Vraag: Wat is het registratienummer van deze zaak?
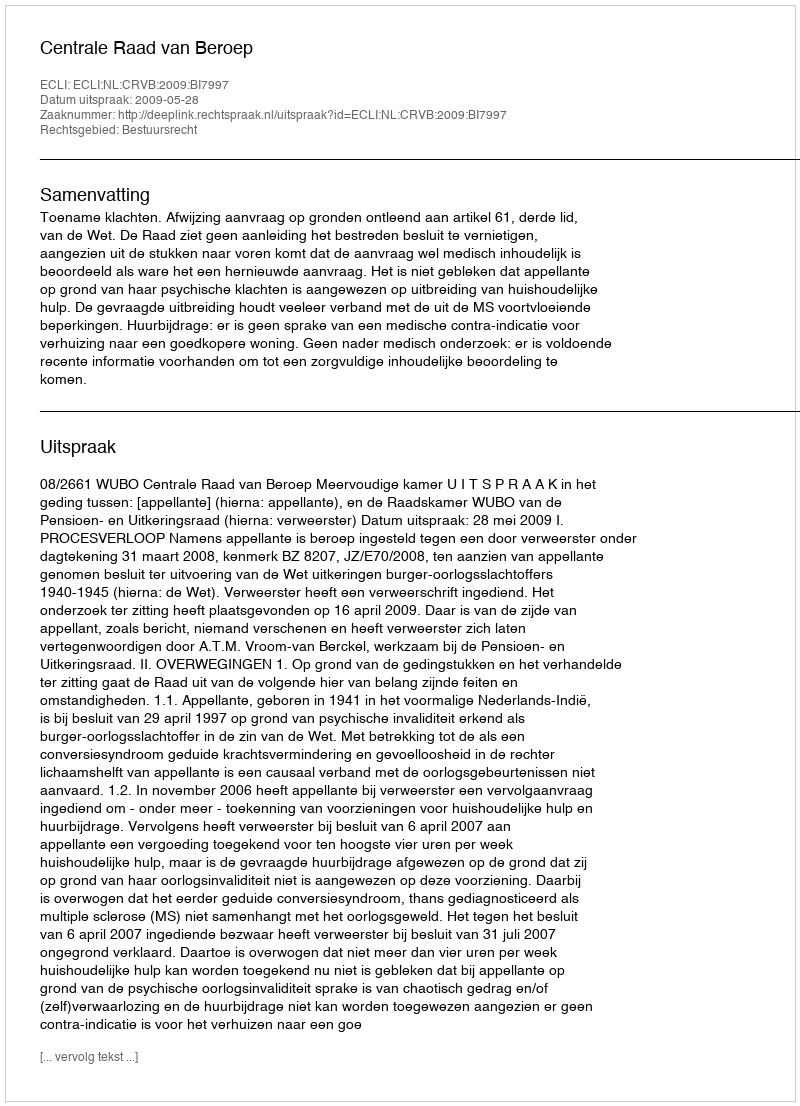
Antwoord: http://deeplink.rechtspraak.nl/uitspraak?id=ECLI:NL:CRVB:2009:BI7997